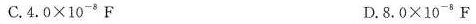
C.$$4 . 0 \times 1 0 ^ { - 8 } F$$ D.$$8 . 0 \times 1 0 ^ { - 8 } F$$